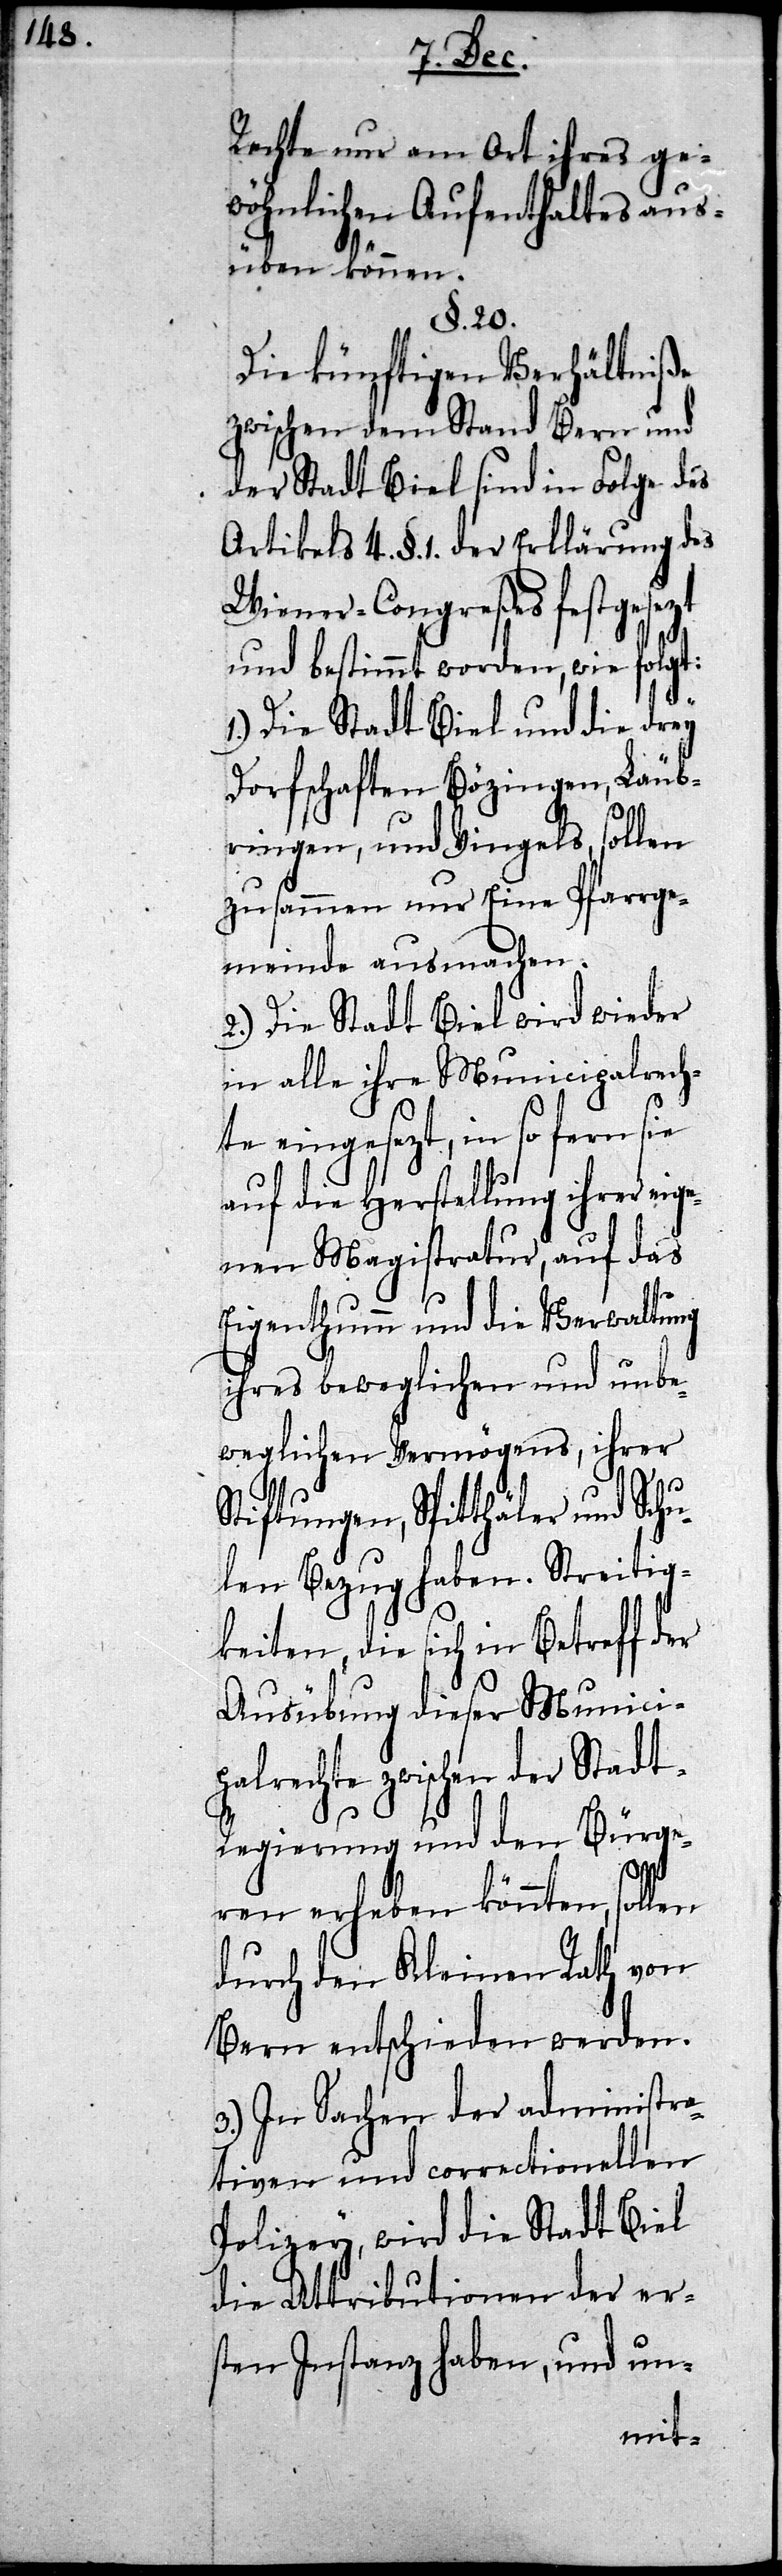
S¬
Rechte nur am Ort ihres ge¬
wöhnlichen Aufenthaltes aus¬
üben können.
§. 20
Die künftigen Verhältniße
zwischen dem Stand Bern und
der Stadt Biel sind in Folge des
Artikels 4. §. 1. der Erklärung des
Wiener-Congreßes festgesezt
und bestimmt worden, wie folgt:
1.) Die Stadt Biel und die drey
Dorfschaften Bözingen, Läub¬
ringen, und Vingels, sollen
zusammen nur Eine Pfarrge¬
meinde ausmachen.
2.) Die Stadt Biel wird wieder
in alle ihre Municipalrech¬
te eingesezt, in so fern sie
auf die Herstellung ihrer eige¬
nen Magistratur, auf das
Eigenthumm und die Verwaltung
ihres beweglichen und unbe¬
weglichen Vermögens, ihrer
tiftungen, Spitthäler und Sc¬
hulen Bezug haben. Streitig¬
keiten, die sich in Betreff der
Ausübung dieser Munici¬
palrechte zwischen der Stad¬
t-Regierung und den Bürge¬
ren erheben könnten, sollen
durch den Kleinen Rath von
Bern entschieden werden.
3.) In Sachen der administra¬
tiven und correctionellen
Polizey, wird die Stadt Biel
die Attributionen der er¬
sten Instanz haben, und un-